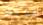
ماتش